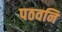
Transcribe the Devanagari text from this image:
पठवनि